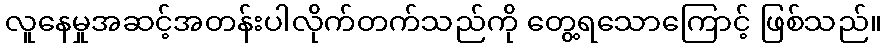
လူနေမှုအဆင့်အတန်းပါလိုက်တက်သည်ကို တွေ့ရသောကြောင့် ဖြစ်သည်။